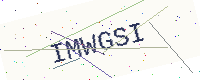
Text: IMWGSI